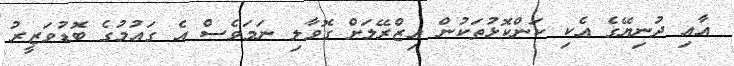
އާއި ދުނިޔޭގެ އެކި ކަންކޮޅުތަކުން އިޒްރޭލަށް ގޮވާލި ނަމަވެސް އެ ގައުމުގެ ބޮޑުވަޒީރު